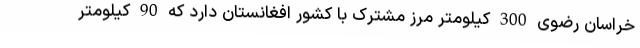
خراسان رضوی 300 کیلومتر مرز مشترک با کشور افغانستان دارد که 90 کیلومتر